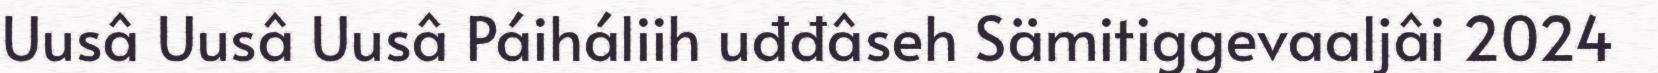
Uusâ Uusâ Uusâ Páiháliih uđđâseh Sämitiggevaaljâi 2024